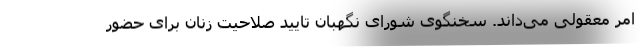
امر معقولی می‌داند. سخنگوی شورای نگهبان تایید صلاحیت زنان برای حضور